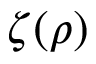
\zeta ( \rho )